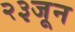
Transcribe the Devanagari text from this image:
२३जून